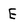
Character: E